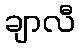
ချာလီ